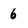
Character: 6